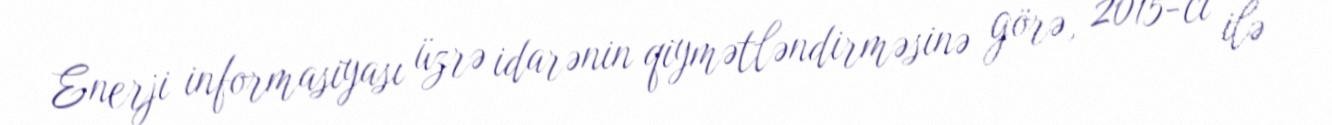
Enerji informasiyası üzrə idarənin qiymətləndirməsinə görə, 2015-ci ilə